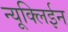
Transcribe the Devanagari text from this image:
न्यूक्लिईन